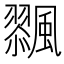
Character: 𩘸